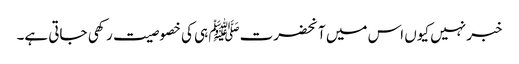
خبر نہیں کیوں اس میں آنحضرتﷺ ہی کی خصوصیت رکھی جاتی ہے۔